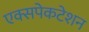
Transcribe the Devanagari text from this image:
एक्सपेकटेशन